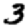
Digit: 3